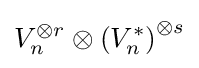
V_{n}^{\otimes r}\otimes \left(V_{n}^{*}\right)^{\otimes s}